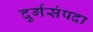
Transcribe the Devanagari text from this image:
दुर्गसंपदा